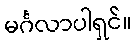
မင်္ဂလာပါရှင်။